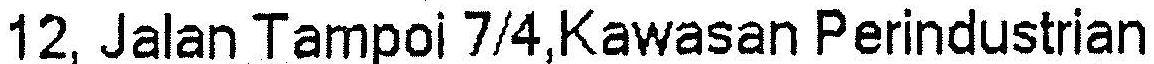
12, JALAN TAMPOI 7/4,KAWASAN PERINDUSTRIAN